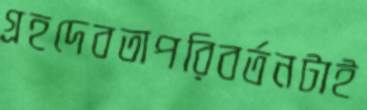
গ্রহদেবতাপরিবর্তনটাই